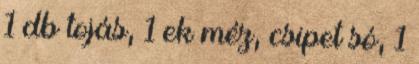
1 db tojás, 1 ek méz, csipet só, 1